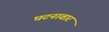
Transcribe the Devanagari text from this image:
घटनावार